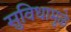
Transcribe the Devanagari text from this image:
सुविधामुळे